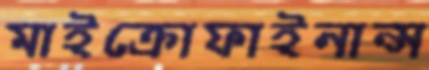
মাইক্রোফাইনান্স